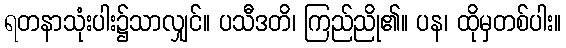
ရတနာသုံးပါး၌သာလျှင်။ ပသီဒတိ၊ ကြည်ညို၏။ ပန၊ ထိုမှတစ်ပါး။